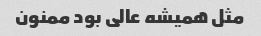
مثل همیشه عالی بود ممنون